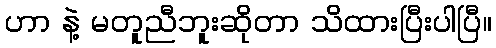
ဟာ နဲ့ မတူညီဘူးဆိုတာ သိထားပြီးပါပြီ။